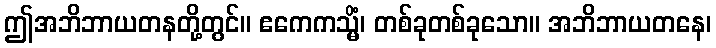
ဤအဘိဘာယတနတို့တွင်။ ဧကေကသ္မိံ၊ တစ်ခုတစ်ခုသော။ အဘိဘာယတနေ၊